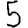
Digit: 5